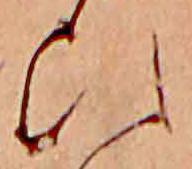
ひ